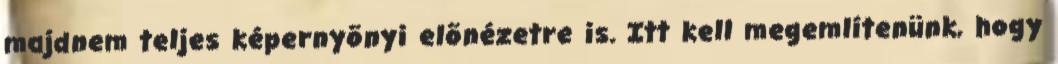
majdnem teljes képernyõnyi elõnézetre is. Itt kell megemlítenünk, hogy